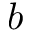
b